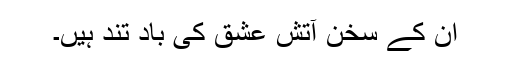
اُن کے سُخن آتشِ عشق کی بادِ تُند ہیں۔